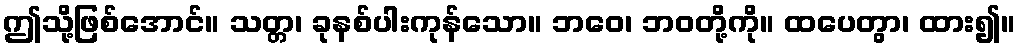
ဤသို့ဖြစ်အောင်။ သတ္တ၊ ခုနစ်ပါးကုန်သော။ ဘဝေ၊ ဘဝတို့ကို။ ထပေတွာ၊ ထား၍။